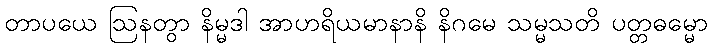
တာပယေ ဩနတွာ နိမ္မဒါ အာဟရိယမာနာနိ နိဂမေ သမ္မသတိ ပတ္တဓမ္မော